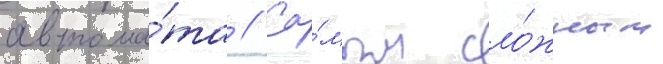
автома́та // Са́мым сло́жным